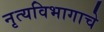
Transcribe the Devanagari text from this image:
नृत्यविभागाचे